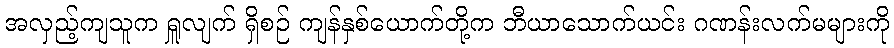
အလှည့်ကျသူက ရှူလျက် ရှိစဉ် ကျန်နှစ်ယောက်တို့က ဘီယာသောက်ယင်း ဂဏန်းလက်မများကို